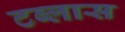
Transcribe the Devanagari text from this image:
टब्लास